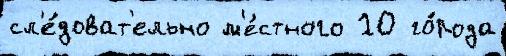
сл'е́доват'ельно м'е́стного 10 го́рода